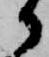
か